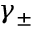
\gamma _ { \pm }